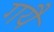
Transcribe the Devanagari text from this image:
गयै